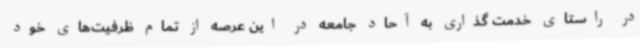
در راستای خدمت گذاری به آحاد جامعه در این عرصه از تمام ظرفیت‌های خود